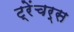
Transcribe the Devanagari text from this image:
ट्रेंचर्स